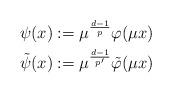
LaTeX: \begin{align*}\psi(x) := \mu^{\frac{d-1}{p}}\varphi(\mu x) \\\tilde{\psi}(x) := \mu^{\frac{d-1}{p'}}\tilde{\varphi}(\mu x)\end{align*}